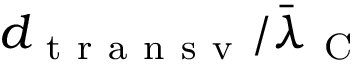
d _ { \mathrm { ~ t ~ r ~ a ~ n ~ s ~ v ~ } } / \bar { \lambda } _ { \mathrm { ~ C ~ } }